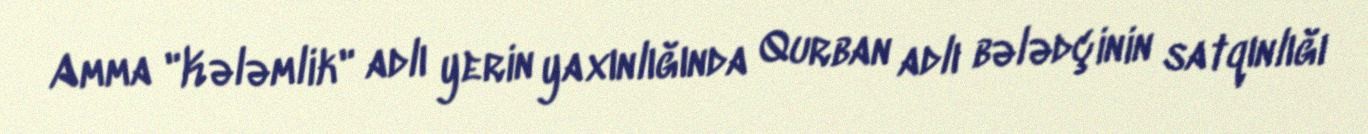
Amma "Kələmlik" adlı yerin yaxınlığında Qurban adlı bələdçinin satqınlığı